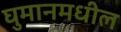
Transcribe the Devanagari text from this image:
घुमानमधील